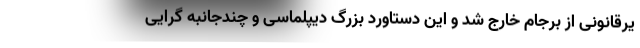
یرقانونی از برجام خارج شد و این دستاورد بزرگ دیپلماسی و چندجانبه گرایی